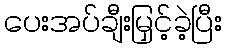
ပေးအပ်ချီးမြှင့်ခဲ့ပြီး